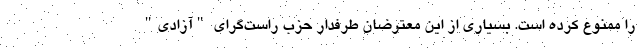
را ممنوع کرده است. بسیاری از این معترضان طرفدار حزب راست‌گرای "آزادی"